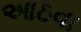
આઠવા